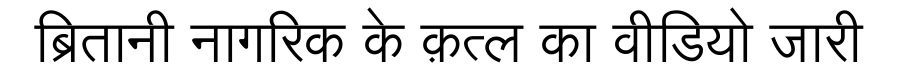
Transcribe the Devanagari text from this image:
ब्रितानी नागरिक के क़त्ल का वीडियो जारी